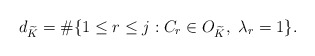
\begin{align*}d_{\widetilde K} = \# \{1 \leq r \leq j : C_r \in O_{\widetilde K}, \ \lambda_r = 1 \}.\end{align*}